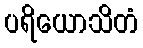
ပရိယောသိတံ